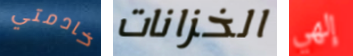
خادمتي الخزانات إلهي